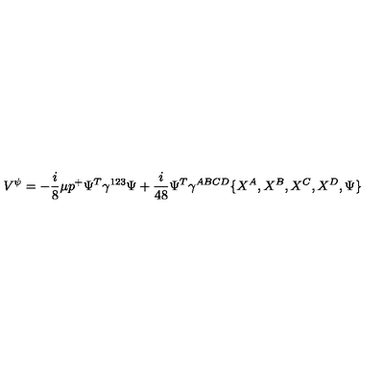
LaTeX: V ^ { \psi } = - { \frac { i } { 8 } } \mu p ^ { + } \Psi ^ { T } \gamma ^ { 1 2 3 } \Psi + { \frac { i } { 4 8 } } \Psi ^ { T } \gamma ^ { A B C D } \{ X ^ { A } , X ^ { B } , X ^ { C } , X ^ { D } , \Psi \}